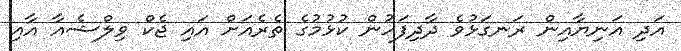
އަދި އަނިޔާއިން ރަނގަޅުވެ ދާދިފަހުން ކުޅުމުގެ ތެރެއަށް އައި ޖެކް ވިލްޝެއާ އާއި